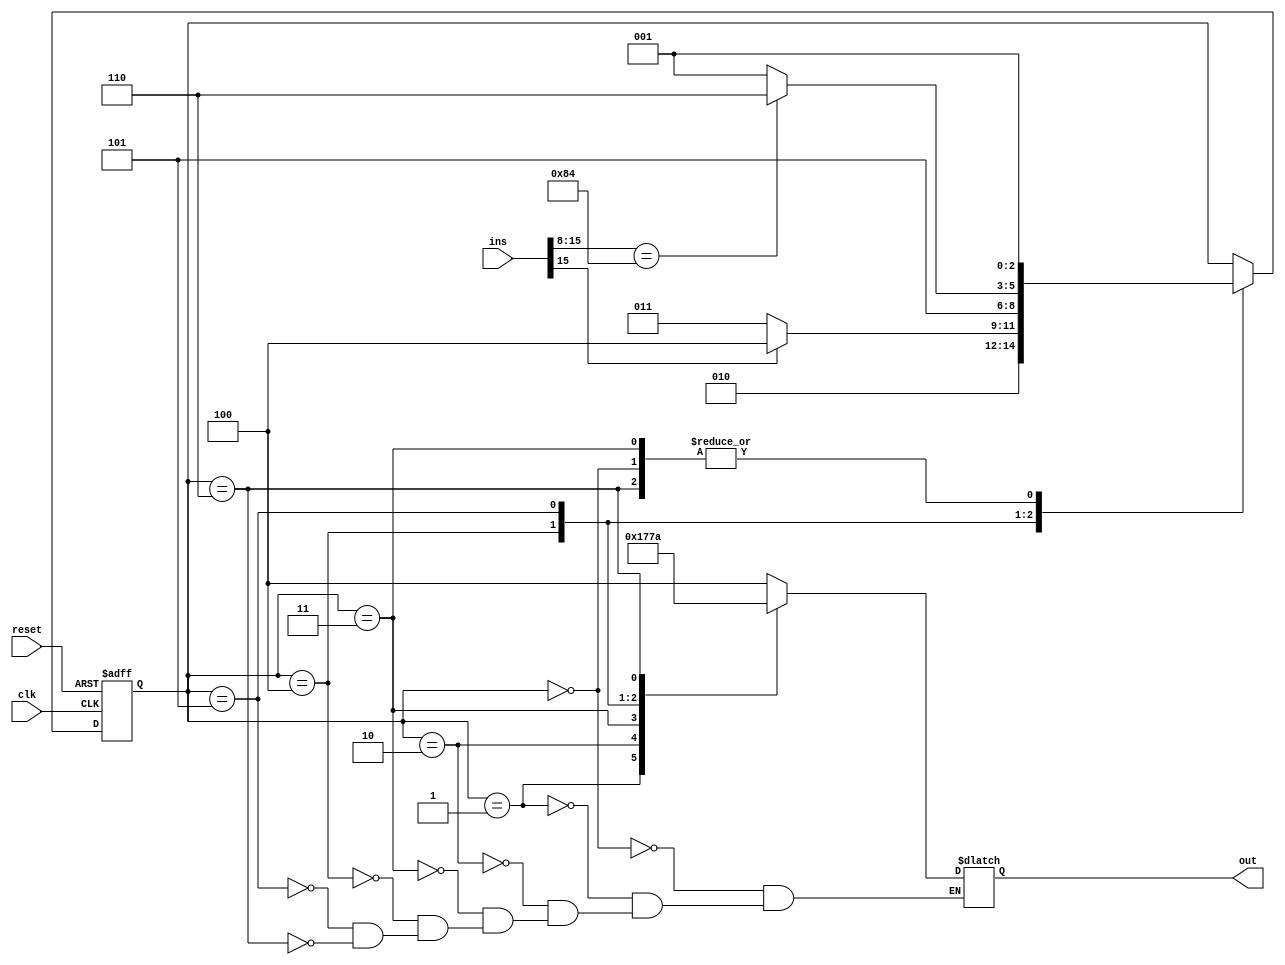

module timer(clk, reset, ins, out);
   input            clk;
   input            reset;
   input [15:0]     ins;
   output [2:0]     out;
   reg [2:0]        out;
   
   parameter [2:0]  state_type_s0 = 0,
                    state_type_s1 = 1,
                    state_type_s2 = 2,
                    state_type_s3 = 3,
                    state_type_s4 = 4,
                    state_type_s5 = 5,
						  state_type_s6 = 6;
   reg [2:0]        state;
   
   always @(posedge clk or negedge reset)
      if (reset == 1'b0)
         state <= state_type_s0;
      else 
         case (state)
            state_type_s0 :
               state <= state_type_s1;
            state_type_s1 :
               state <= state_type_s2;
            state_type_s2 :
               if (ins[15] == 1'b0)
                  state <= state_type_s3;
               else
                  state <= state_type_s4;
            state_type_s3 :
               state <= state_type_s1;
            state_type_s4 :
               state <= state_type_s5;
            state_type_s5 :
					if(ins[15:8] == 8'b10000100)
						state <= state_type_s6;
					else
						state <= state_type_s1;
				state_type_s6 :
					state <= state_type_s1;
         endcase
   
   always @(state)
      case (state)
         state_type_s0 :
            out <= 3'b100;
         state_type_s1 :
            out <= 3'b000;
         state_type_s2 :
            out <= 3'b001;
         state_type_s3 :
            out <= 3'b011;
         state_type_s4 :
            out <= 3'b101;
         state_type_s5 :
            out <= 3'b111;
			state_type_s6 :
				out <= 3'b010;
      endcase
   
endmodule